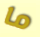
ما